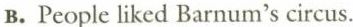
B. People liked Barnum's circus.